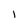
Character: l